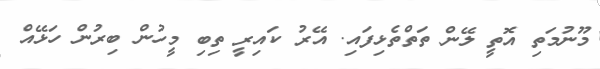
މޫނުމަތި އޮތީ ލޭން ތަތްތެޅިފައި. އޭރު ކައިރީ ތިބި މީހުން ބިރުން ހަޅޭއް